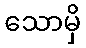
သောမှိ